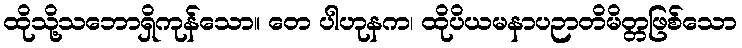
ထိုသို့သဘောရှိကုန်သော။ တေ ပါဟုနက၊ ထိုပိယမနာပဉာတိမိတ္တဖြစ်သော